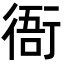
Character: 衙